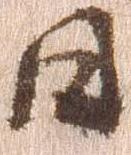
日